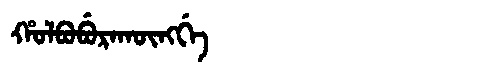
Manchu: ᡥᠣᠯᠪᠣᠪᡠᡵᠠᡴᡡᠩᡤᡝ
Romanization: HOLBOBURAKŪNGGE